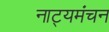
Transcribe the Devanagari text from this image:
नाट्यमंचन